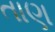
તાણ